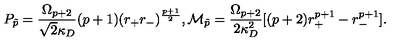
P _ { \tilde { p } } = { \frac { \Omega _ { p + 2 } } { \sqrt { 2 } \kappa _ { D } } } ( p + 1 ) ( r _ { + } r _ { - } ) ^ { \frac { p + 1 } { 2 } } , { \cal M } _ { \tilde { p } } = { \frac { \Omega _ { p + 2 } } { 2 \kappa _ { D } ^ { 2 } } } [ ( p + 2 ) r _ { + } ^ { p + 1 } - r _ { - } ^ { p + 1 } ] .